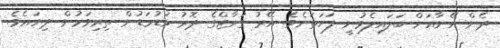
ދެން އޭނާއަށް ބަލައިލެވުނީ ފަހަތަށެވެ. އޭރު ގަރާޖްގެ ދޮރު މަޑުމަޑުން ތިރިވަމުން ދިޔައެވެ.